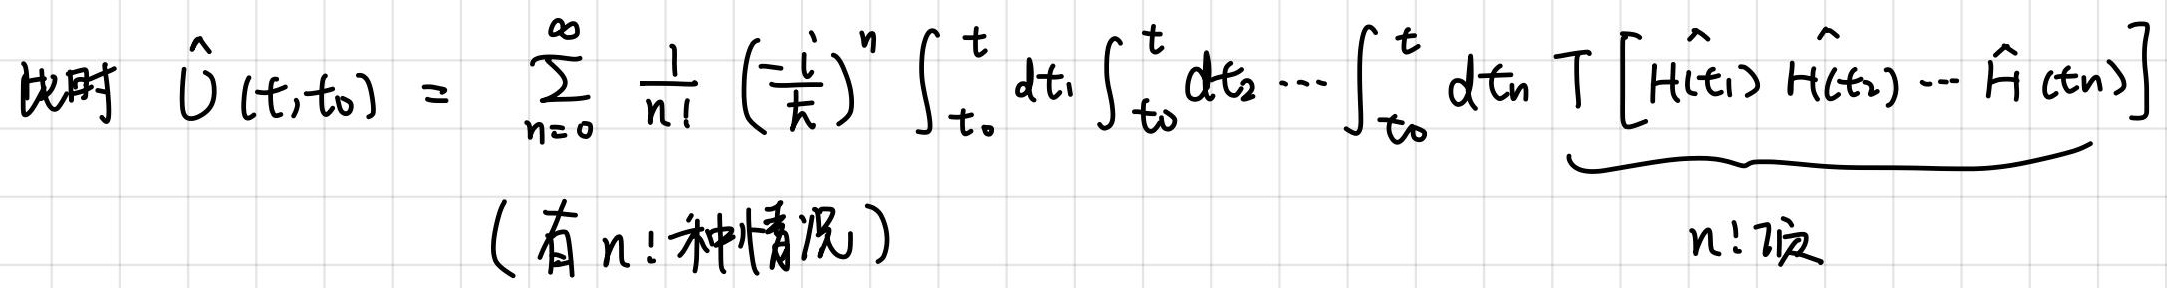
此时 $\hat{U}(t,t_0) = \sum_{n=0}^{\infty} \frac{1}{n!} \left(\frac{-i}{\hbar}\right)^n \int_{t_0}^{t} dt_1 \int_{t_0}^{t} dt_2 \cdots \int_{t_0}^{t} dt_n \ T \underbrace{[\hat{H}(t_1) \hat{H}(t_2) \cdots \hat{H}(t_n)]}_{n! \text{项}}$ （有 $n!$ 种情况）